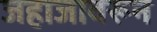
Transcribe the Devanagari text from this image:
जहाजावरून